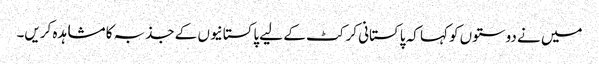
میں نے دوستوں کو کہا کہ پاکستانی کرکٹ کے لیے پاکستانیوں کے جذبہ کا مشاہدہ کریں۔